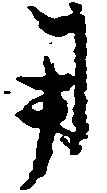
用